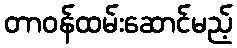
တာဝန်ထမ်းဆောင်မည့်